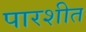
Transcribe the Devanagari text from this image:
पारशीत